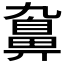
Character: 𪖒